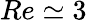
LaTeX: Re\simeq 3